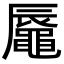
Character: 𪓧